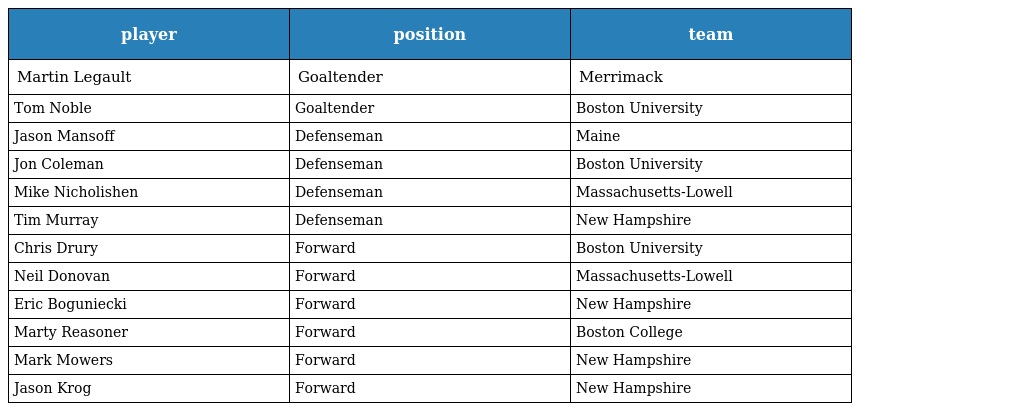
| player | position | team |
 | --- | --- | --- |
 | Martin Legault | Goaltender | Merrimack |
 | Tom Noble | Goaltender | Boston University |
 | Jason Mansoff | Defenseman | Maine |
 | Jon Coleman | Defenseman | Boston University |
 | Mike Nicholishen | Defenseman | Massachusetts-Lowell |
 | Tim Murray | Defenseman | New Hampshire |
 | Chris Drury | Forward | Boston University |
 | Neil Donovan | Forward | Massachusetts-Lowell |
 | Eric Boguniecki | Forward | New Hampshire |
 | Marty Reasoner | Forward | Boston College |
 | Mark Mowers | Forward | New Hampshire |
 | Jason Krog | Forward | New Hampshire |